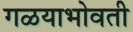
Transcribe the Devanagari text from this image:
गळयाभोवती